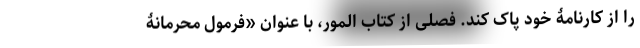
را از کارنامۀ خود پاک کند. فصلی از کتاب المور، با عنوان «فرمول محرمانۀ